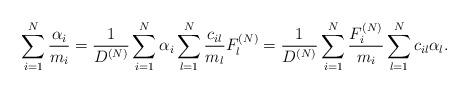
LaTeX: \begin{align*}\sum\limits_{i=1}^{N} \frac{\alpha_i}{m_i}= \frac{1}{D^{(N)}} \sum\limits_{i=1}^{N} \alpha_i \sum\limits_{l=1}^{N} \frac{c_{il}}{m_l} F_l^{(N)}= \frac{1}{D^{(N)}} \sum\limits_{i=1}^{N} \frac{F_i^{(N)}}{m_i}\sum\limits_{l=1}^{N} c_{il} \alpha_l .\end{align*}